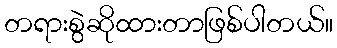
တရားစွဲဆိုထားတာဖြစ်ပါတယ်။